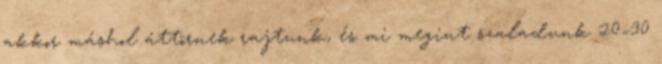
akkor máshol áttörnek rajtunk, és mi megint szaladunk 20–30